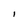
Character: I